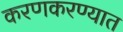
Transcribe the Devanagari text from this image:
करणकरण्यात